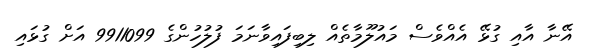
އޭނާ އާއި ގުޅޭ އެއްވެސް މައުލޫމާތެއް ލިބިފައިވާނަމަ ފުލުހުންގެ 9911099 އަށް ގުޅައި